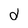
Character: d